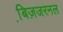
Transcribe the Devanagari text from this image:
बि़ज़जरनल